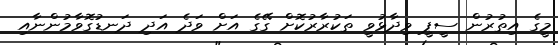
މީގެ އިތުރުން ސީޕީ ވިދާޅުވީ ތަކުރާރުކޮށް ގޭގެ އަށް ވަދެ އަދި ދަނޑުގޮވާމުންނާއި